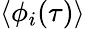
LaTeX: \langle\phi_{i}(\tau)\rangle